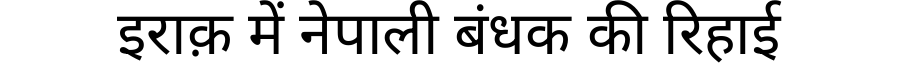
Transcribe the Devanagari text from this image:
इराक़ में नेपाली बंधक की रिहाई